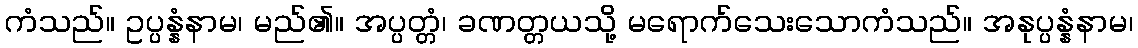
ကံသည်။ ဥပ္ပန္နံနာမ၊ မည်၏။ အပ္ပတ္တံ၊ ခဏတ္တယသို့ မရောက်သေးသောကံသည်။ အနုပ္ပန္နံနာမ၊